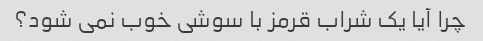
چرا آیا یک شراب قرمز با سوشی خوب نمی شود؟